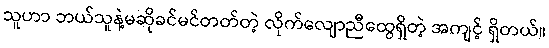
သူဟာ ဘယ်သူနဲ့မဆိုခင်မင်တတ်တဲ့ လိုက်လျောညီထွေရှိတဲ့ အကျင့် ရှိတယ်။